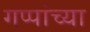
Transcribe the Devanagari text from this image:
गप्पांच्या